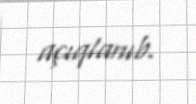
açıqlanıb.